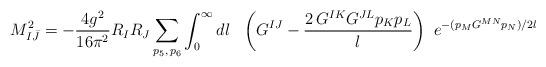
LaTeX: \begin{align*}M^2_{I{\bar J}}= -\frac {4 g^2}{16 \pi^2} R_{I}R_{J} \sum_{p_5,\, p_6} \int_0^\infty dl \, \, \, \,\left(G^{IJ}- \frac{2\, G^{IK} G^{JL} {p}_K {p}_L}{l}\right)\, \, e^{-( p_M G^{MN}p_N )/2l}\end{align*}